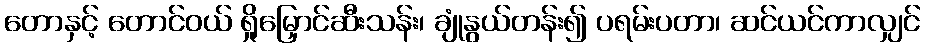
တောနှင့် တောင်ဝယ် ရှိုမြှောင်ဆီးသန်း၊ ချုံနွယ်တန်း၍ ပရမ်းပတာ၊ ဆင်ယင်ကာလျှင်